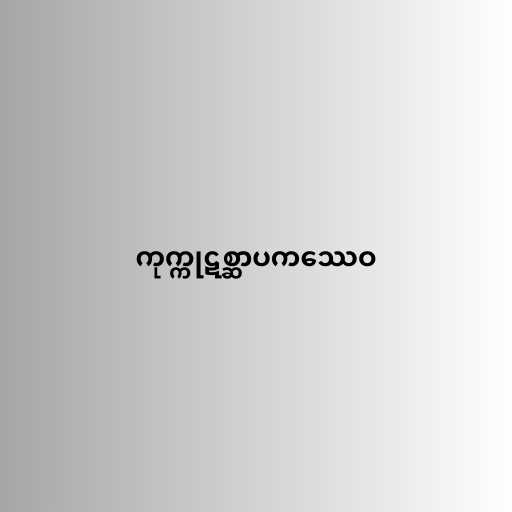
ကုက္ကုဋစ္ဆာပကဿေဝ